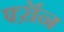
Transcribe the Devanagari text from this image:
फ्ऱॉन